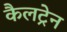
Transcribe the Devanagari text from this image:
कैलट्रेन